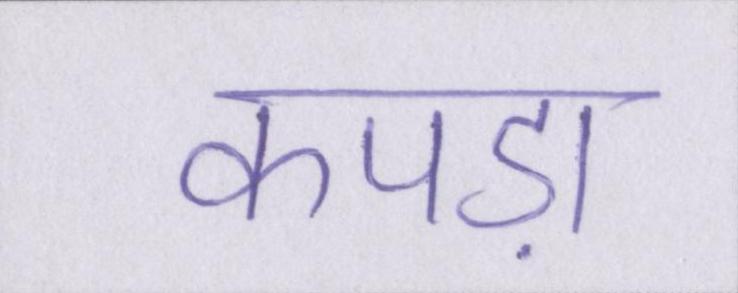
कपड़ा